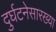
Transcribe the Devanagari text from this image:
दुर्घटनेसारख्या